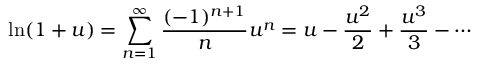
\ln ( 1 + u ) = \sum _ { n = 1 } ^ { \infty } { \frac { ( - 1 ) ^ { n + 1 } } { n } } u ^ { n } = u - { \frac { u ^ { 2 } } { 2 } } + { \frac { u ^ { 3 } } { 3 } } - \cdots